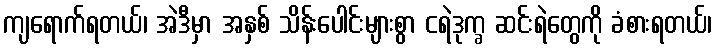
ကျရောက်ရတယ်၊ အဲဒီမှာ အနှစ် သိန်းပေါင်းများစွာ ငရဲဒုက္ခ ဆင်းရဲတွေကို ခံစားရတယ်၊